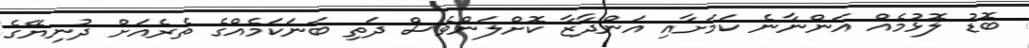
ބޮޑު ލޮޅުމެއް އަންނާނެ ކަމަށާއި އަންދާޒާ ކޮށްލަންވެސް ދަތި ބަނަކަމެއްގެ ތެރެއަށް ދުނިޔޭގެ